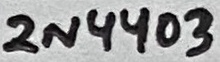
Text: 2N4403